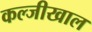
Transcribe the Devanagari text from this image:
कल्जीखाल